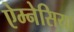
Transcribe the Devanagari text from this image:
ऐम्नेसिया